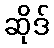
ဆိုဒ်